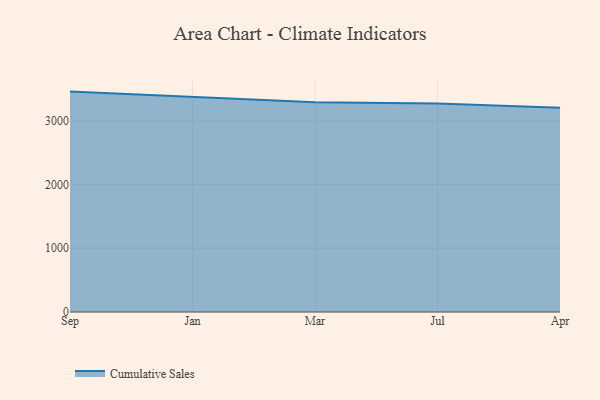
{"axis": {"x": "Month", "y": "Active Users"}, "legend": ["Cumulative Sales"], "data": [{"x": "Sep", "y": 3459.4, "type": "Cumulative Sales"}, {"x": "Jan", "y": 3374.6, "type": "Cumulative Sales"}, {"x": "Mar", "y": 3294.0, "type": "Cumulative Sales"}, {"x": "Jul", "y": 3271.6, "type": "Cumulative Sales"}, {"x": "Apr", "y": 3207.0, "type": "Cumulative Sales"}]}